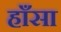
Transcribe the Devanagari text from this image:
हाँसा